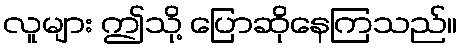
လူများ ဤသို့ ပြောဆိုနေကြသည်။